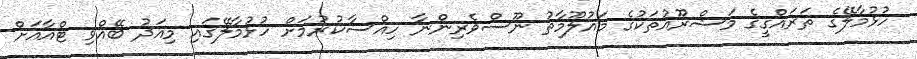
ހުޅުމާލޭގެ ތަރައްގީގެ މަޝްރޫއުތަކުގެ މައުލޫމާތު ނޫސްވެރިންނާ ހިއްސާކުރުމަށް ހުޅުމާލޭގައި މިއަދު ބޭއްވި ޓްއާއަށް